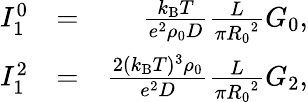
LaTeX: \begin{array}{rlr}{I_{1}^{0}}&{=}&{\frac{k_{\mathrm{B}}T}{e^{2}\rho_{0}D}\frac{L}{\pi{R_{0}}^{2}}G_{0},}\\ {I_{1}^{2}}&{=}&{\frac{2(k_{\mathrm{B}}T)^{3}\rho_{0}}{e^{2}D}\frac{L}{\pi{R_{0}}^{2}}G_{2},}\end{array}